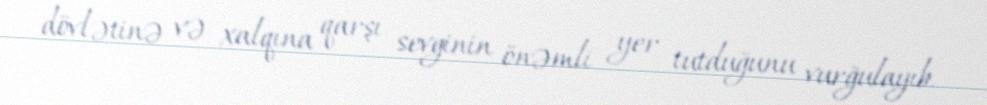
dövlətinə və xalqına qarşı sevginin önəmli yer tutduğunu vurğulayıb.